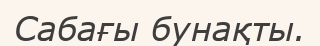
Сабағы бунақты.